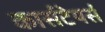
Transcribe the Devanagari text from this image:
कार्सटेयर्स